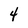
Character: 4